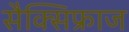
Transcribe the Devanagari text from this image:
सैक्सिफ्राज